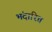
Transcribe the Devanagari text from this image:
भंदारित